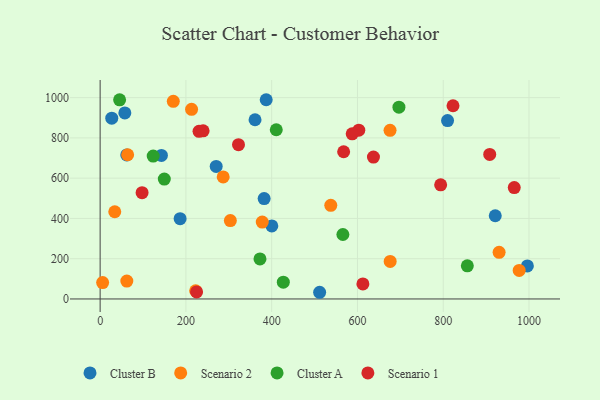
{"axis": {"x": "Speed", "y": "Salary"}, "legend": ["Cluster A", "Cluster B", "Scenario 1", "Scenario 2"], "data": [{"x": "921.3", "y": 413.3, "type": "Cluster B"}, {"x": "361.2", "y": 890.2, "type": "Cluster B"}, {"x": "382.4", "y": 498.7, "type": "Cluster B"}, {"x": "62.0", "y": 715.4, "type": "Cluster B"}, {"x": "511.8", "y": 33.2, "type": "Cluster B"}, {"x": "142.9", "y": 712.9, "type": "Cluster B"}, {"x": "57.6", "y": 923.9, "type": "Cluster B"}, {"x": "270.6", "y": 658.5, "type": "Cluster B"}, {"x": "996.2", "y": 163.9, "type": "Cluster B"}, {"x": "186.5", "y": 399.0, "type": "Cluster B"}, {"x": "810.1", "y": 885.9, "type": "Cluster B"}, {"x": "27.1", "y": 898.0, "type": "Cluster B"}, {"x": "387.2", "y": 989.6, "type": "Cluster B"}, {"x": "400.3", "y": 363.0, "type": "Cluster B"}, {"x": "222.7", "y": 40.8, "type": "Scenario 2"}, {"x": "303.6", "y": 389.4, "type": "Scenario 2"}, {"x": "378.0", "y": 382.0, "type": "Scenario 2"}, {"x": "170.6", "y": 981.9, "type": "Scenario 2"}, {"x": "213.2", "y": 942.0, "type": "Scenario 2"}, {"x": "930.3", "y": 231.7, "type": "Scenario 2"}, {"x": "977.1", "y": 141.5, "type": "Scenario 2"}, {"x": "5.8", "y": 81.2, "type": "Scenario 2"}, {"x": "62.2", "y": 88.8, "type": "Scenario 2"}, {"x": "537.8", "y": 465.0, "type": "Scenario 2"}, {"x": "676.0", "y": 837.7, "type": "Scenario 2"}, {"x": "286.9", "y": 606.1, "type": "Scenario 2"}, {"x": "64.1", "y": 716.2, "type": "Scenario 2"}, {"x": "34.1", "y": 433.2, "type": "Scenario 2"}, {"x": "676.3", "y": 186.6, "type": "Scenario 2"}, {"x": "123.7", "y": 709.5, "type": "Cluster A"}, {"x": "410.7", "y": 840.4, "type": "Cluster A"}, {"x": "427.1", "y": 83.2, "type": "Cluster A"}, {"x": "696.7", "y": 952.8, "type": "Cluster A"}, {"x": "149.6", "y": 595.4, "type": "Cluster A"}, {"x": "372.7", "y": 198.9, "type": "Cluster A"}, {"x": "566.0", "y": 320.2, "type": "Cluster A"}, {"x": "45.4", "y": 989.3, "type": "Cluster A"}, {"x": "856.2", "y": 164.7, "type": "Cluster A"}, {"x": "603.1", "y": 838.4, "type": "Scenario 1"}, {"x": "794.0", "y": 567.0, "type": "Scenario 1"}, {"x": "965.6", "y": 553.4, "type": "Scenario 1"}, {"x": "637.3", "y": 704.5, "type": "Scenario 1"}, {"x": "224.9", "y": 35.1, "type": "Scenario 1"}, {"x": "587.7", "y": 820.0, "type": "Scenario 1"}, {"x": "822.8", "y": 959.6, "type": "Scenario 1"}, {"x": "230.6", "y": 832.4, "type": "Scenario 1"}, {"x": "908.4", "y": 717.7, "type": "Scenario 1"}, {"x": "97.8", "y": 528.0, "type": "Scenario 1"}, {"x": "240.1", "y": 835.3, "type": "Scenario 1"}, {"x": "567.8", "y": 731.3, "type": "Scenario 1"}, {"x": "322.6", "y": 766.2, "type": "Scenario 1"}, {"x": "612.7", "y": 74.8, "type": "Scenario 1"}]}